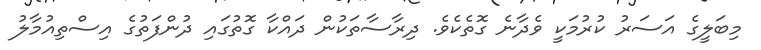
މިބަލީގެ އަސަރު ކުރުމަކީ ވެދާނެ ގޮތެކެވެ. ދިރާސާތަކުން ދައްކާ ގޮތުގައި ދުންފަތުގެ އިސްތިއުމާލު